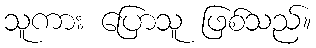
သူကား ပြောသူ ဖြစ်သည်။